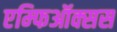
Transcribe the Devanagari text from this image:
एम्फिऑक्सस